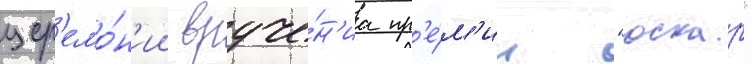
цер'емо́н'ии вруче́н'иа пр'е́м'ии "оскар"